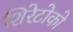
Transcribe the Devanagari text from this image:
शिरेटोको